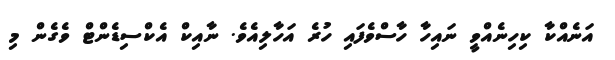
އަނެއްކާ ކިހިނެއްވީ ނައިހާ ހާސްވެފައި ހުރެ އަހާލިއެވެ. ނާއިކް އެކްސިޑެންޓް ވެގެން މި